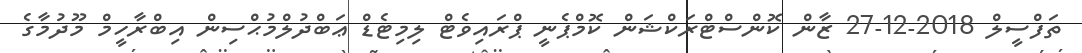
ތަފްސީލް 2018-12-27 ޒާން ކޮންސްޓްރަކްޝަން ކޮމްޕެނީ ޕްރައިވެޓް ލިމިޓެޑް ޢަބްދުލްމުޙްސިން އިބްރާހީމް މޫދުމާގެ